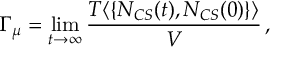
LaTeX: \Gamma _ { \mu } = \operatorname * { l i m } _ { t \rightarrow \infty } \frac { T \langle \{ N _ { C S } ( t ) , N _ { C S } ( 0 ) \} \rangle } { V } \, ,